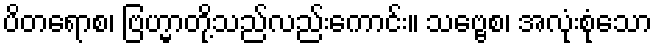
ပိတရောစ၊ ဗြဟ္မာတို့သည်လည်းကောင်း။ သဗ္ဗေစ၊ အလုံးစုံသော